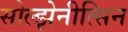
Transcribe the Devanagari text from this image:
सोल्झेनीत्सिन